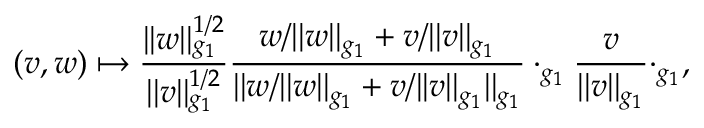
( v , w ) \mapsto \frac { | | w | | _ { g _ { 1 } } ^ { 1 / 2 } } { | | v | | _ { g _ { 1 } } ^ { 1 / 2 } } \frac { w / | | w | | _ { g _ { 1 } } + v / | | v | | _ { g _ { 1 } } } { | | w / | | w | | _ { g _ { 1 } } + v / | | v | | _ { g _ { 1 } } | | _ { g _ { 1 } } } \cdot _ { g _ { 1 } } \frac { v } { | | v | | _ { g _ { 1 } } } \cdot _ { g _ { 1 } } ,